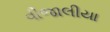
વીજાલીયા